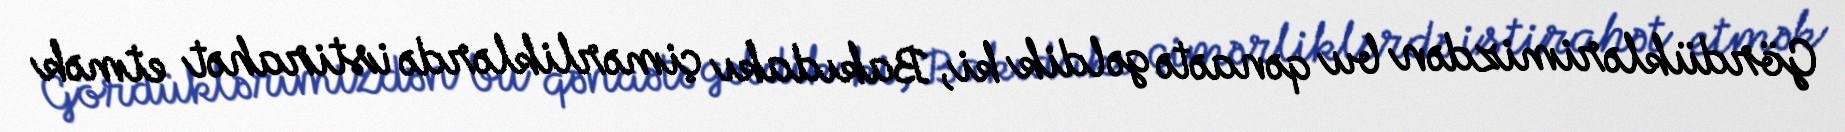
Gördüklərimizdən bu qənaətə gəldik ki, Bakıdakı çimərliklərdə istirahət etmək